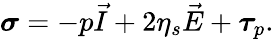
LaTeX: \boldsymbol{\sigma}=-p\vec{I}+2\eta_{s}\vec{E}+\boldsymbol{\tau}_{p}.